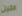
التين